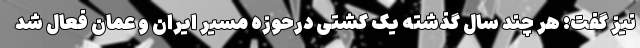
نیز گفت: هر چند سال گذشته یک کشتی درحوزه مسیر ایران و عمان فعال شد